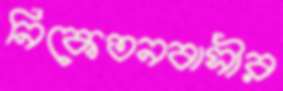
নিকেতনবাসীর